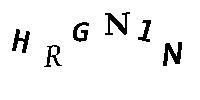
HRGN1N